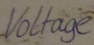
Text: Voltage